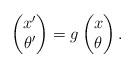
LaTeX: \begin{align*} \left(\begin{matrix} x' \\ \theta' \end{matrix}\right) = g\left(\begin{matrix} x \\ \theta \end{matrix}\right).\end{align*}